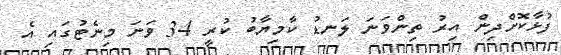
ފުޅާކޮށްދިން އިރު ތިންވަނަ ލަނޑު ކާމިޔާބު ކުރީ 34 ވަނަ މިނެޓުގައި އެ